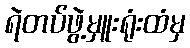
ရဲတပ်ဖွဲ့မှူးရုံးထံမှ